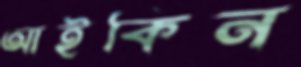
আইকিন